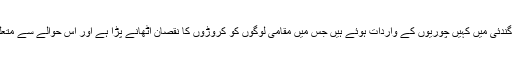
واضح رہے ٹیچوں کے استعمال کرنے والے لوگوں نے گزشتہ دنوں یاسین کے گاؤں گندئی میں کہیں چوریوں کے واردات ہوئے ہیں جس میں مقامی لوگوں کو کروڑوں کا نقصان اٹھانے پڑا ہے اور اس حوالے سے متعلقہ تھانے میں درخواست دینے کے باجود کوئی کاروائی عمل میں نہیں لائی گئی ہے ۔